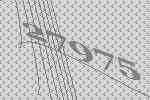
27975